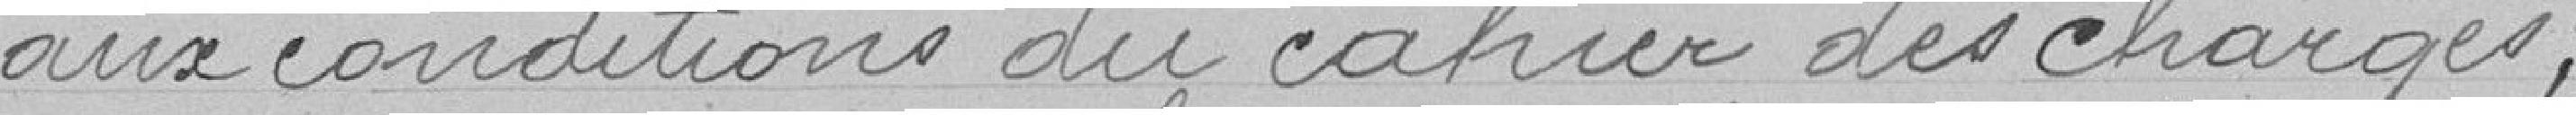
aux conditions du cahier des charges ;